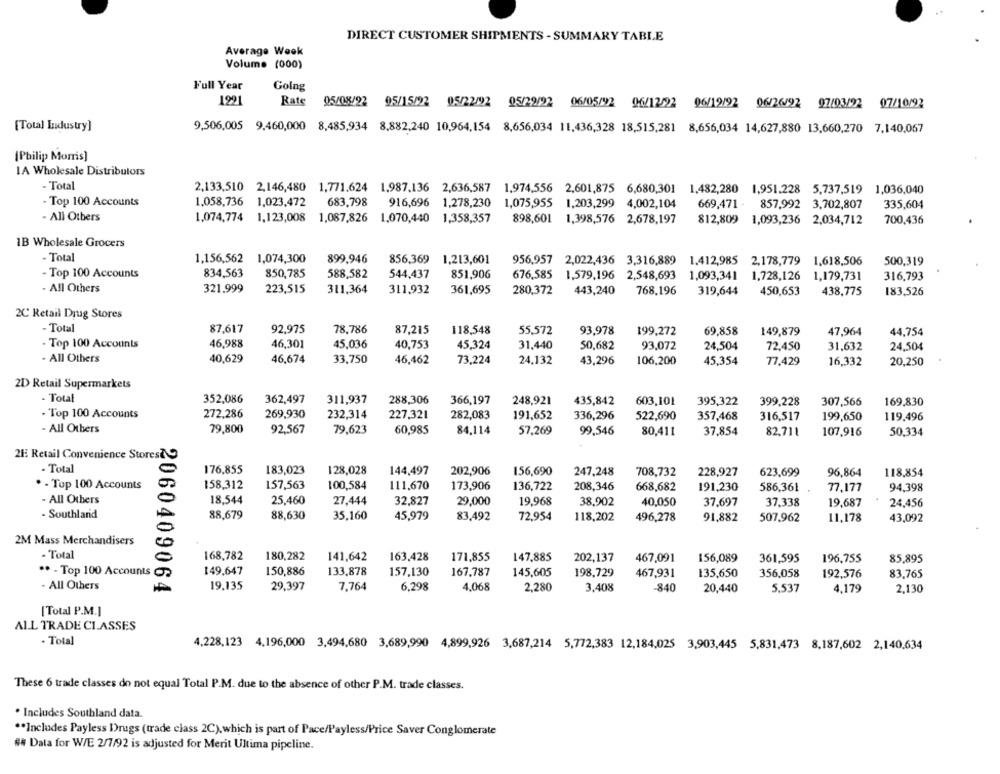
DIRECT CUSTOMER SHIPMENTS - SUMMARY TABLE
Average Week
Volume (000)
Full Year
Golng
1921
Rate
05/08/22 95/15/22 05/22/92 05/29/92 06/05/92 06/12/22 06/19/92 06/26/92 97/03/22 07/10/92
05/22/22
[Total Industry]
9,506,005 9,460,000 8,485,934 8,882,240 10,964,154 8,656,034 11,436,328 18,515,281 8,656,034 14,627,880 13,660,270 7,140,067
(Philip Morris]
IA Wholesale Distributors
- Total
2,133,510 2,146,480 1,771.624 1,987,136 2,636,587 1,974,556 2,601,875 6,680,301
1.974,556 2,601,875 6,680,301 1,482,280 1,951,228 5,737,519
1,036,040
- Top 100 Accounts
1.058,736
1,023,472
683,798
916,696 1,278,230 1,075,955 1,203,299 4,002,104
669,471 - 857,992 3,702,807
335,604
- All Others
1,074,774 1,123,008
1,074,774 1,123,008 1,087,826 1,070,440 1,358,357
898,601 1,398,576 2,678,197
812,809 1,093,236 2,034,712
700,436
1B Wholesale Grocers
- Total
1,156,562
1,074,300
899,946
856,369
1,213,601
956,957 2,022,436 3,316,889
1.412,985
2,178,779
1.618,506
500,319
- Top 100 Accounts
834,563
850,785
588,582
544,437
851,906
676,585
1,579,196 2,548,693
1,093,341
1,728,126 1,179,731
316,793
- All Others
321.999
223,515
311,364
311,932
361,695
280,372
443,240
768,196
319,644
450,653
438,775
183,526
2C Retail Drug Stores
Total
87,617
92,975
78,786
87,215
118,548
55,572
93,978
199,272
69.858
149,879
47,964
44,754
- Top 100 Accounts
46,988
46,301
45,036
40,753
45,324
31.440
50,682
93.072
24,504
72,450
31,632
24,504
- All Others
40,629
46,674
33,750
46,462
73,224
24.132
43,296
106,200
45,354
77,429
16,332
20,250
2D Retail Supermarkets
- Total
352,086
362,497
311,937
288,306
366,197
248,921
435,842
603,101
395,322
399,228
307,566
169,830
- Top 100 Accounts
272,286
269.930
232,314
227.321
282,083
191,652
336,296
522,690
357,468
316,517
199,650
119,496
- All Others
79,800
92,567
79,623
60,985
84,114
57,269
99.546
80,411
37,854
82,711
107,916
50,334
21: Retail Convenience Stores7
- Total
176.855
183,023
128,028
144,497
202,906
156,690
247,248
708,732
228,927
623,699
96,864
118,854
. - Top 100 Accounts
158,312
157,563
100,584
111,670
173,906
136,722
208,346
668,682
191,230
586,361
77,177
94,398
- All Others
18,544
25,460
27,444
32,827
29,000
19,968
38,902
40,050
37,697
37.338
19,687
24,456
- Southland
88,679
88,630
35,160
45,979
83,492
72,954
118,202
496,278
91,882
507,962
11,178
43,092
2M Mass Merchandisers
- Total
168,782
180,282
141,642
163,428
171,855
147,885
202,137
467,091
156,089
361,595
196,755
85,895
** - Top 100 Accounts
149,647
150,886
133,878
157,130
167,787
145,605
198,729
467,931
135,650
356.058
192,576
83.765
- All Others
19,135
29,397
7,764
6.298
4,068
2,280
3,408
-840
20,440
5.537
4,179
2,130
2060409064
[Total P.M.]
ALL TRADE CLASSES
- Total
4,228,123 4,196,000 3,494,680 3,689,990 4,899,926 3,687,214 5,772,383 12,184,025 3,903,445 5,831,473 8,187,602 2,140,634
These 6 trade classes do not equal Total P.M. due to the absence of other P.M. trade classes.
. Includes Southland data.
** Includes Payless Drugs (trade class 2C), which is part of Pace/Payless/Price Saver Conglomerate
## Data for W/E 2/7/92 is adjusted for Merit Ultima pipeline.